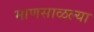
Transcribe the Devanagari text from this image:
माणसाळल्या